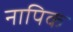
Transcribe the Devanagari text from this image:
नापिक